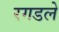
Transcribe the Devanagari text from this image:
रगडले